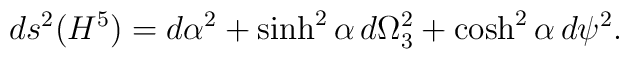
ds^2(H^5)=d\alpha^2+\sinh^2\alpha\,d\Omega_3^2+\cosh^2\alpha\,d\psi^2.